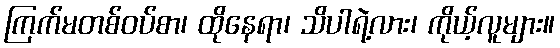
ကြက်မတစ်ဝပ်စာ၊ ထိုနေရာ၊ သိပါရဲ့လား၊ ကိုယ့်လူများ။